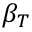
\beta _ { T }